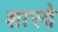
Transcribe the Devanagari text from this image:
शारदे